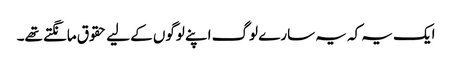
ایک یہ کہ یہ سارے لوگ اپنے لوگوں کے لیے حقوق مانگتے تھے۔